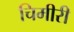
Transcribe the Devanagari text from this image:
चिमीरी